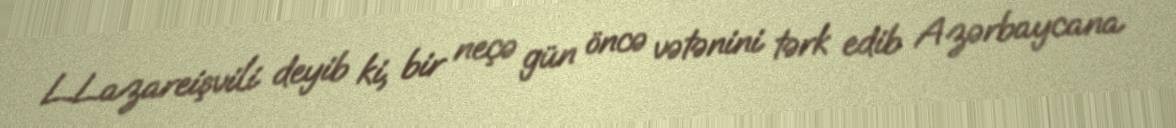
L.Lazareişvili deyib ki, bir neçə gün öncə vətənini tərk edib Azərbaycana